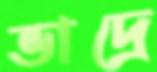
ভাদ্রে